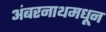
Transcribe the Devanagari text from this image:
अंबरनाथमधून